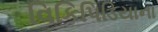
વિકિપિડિયાના